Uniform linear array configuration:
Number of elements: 32
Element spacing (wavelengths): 0.25
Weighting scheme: binomial
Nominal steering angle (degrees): -30
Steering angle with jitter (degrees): -29.74
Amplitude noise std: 0.05
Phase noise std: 0.05

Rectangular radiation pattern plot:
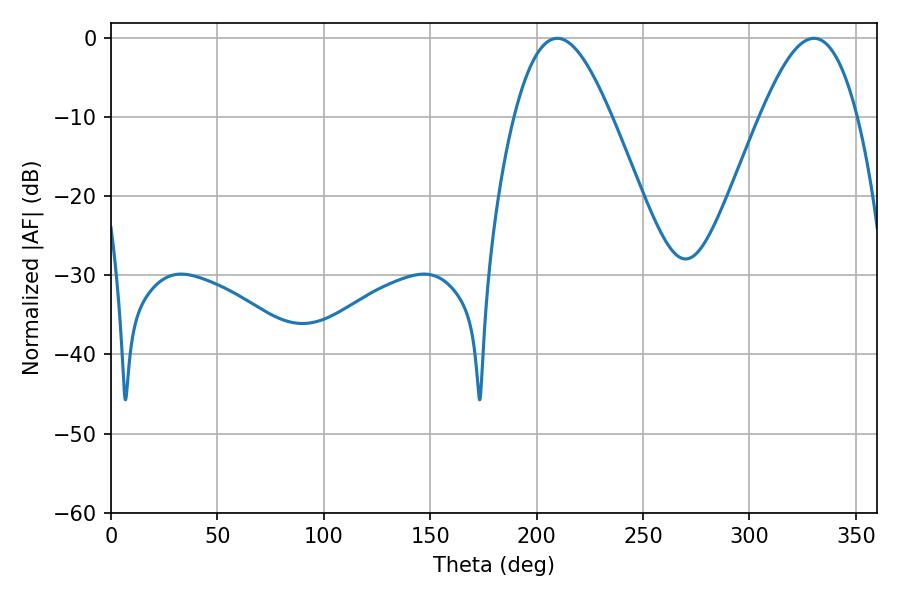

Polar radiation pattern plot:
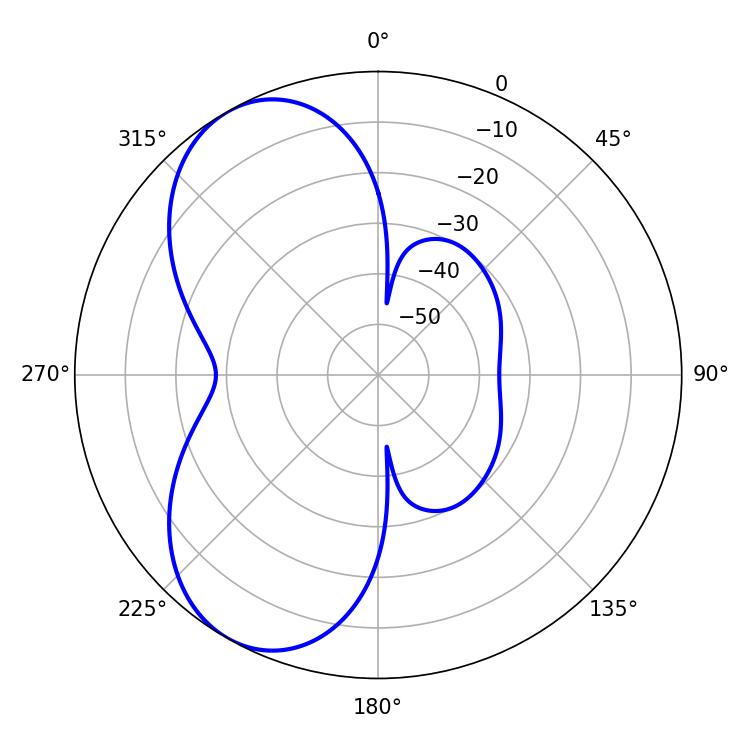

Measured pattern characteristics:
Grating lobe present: FALSE
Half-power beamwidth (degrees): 24.66
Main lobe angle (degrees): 209.7